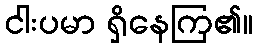
ငါးပမာ ရှိနေကြ၏။